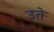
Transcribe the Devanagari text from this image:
उते